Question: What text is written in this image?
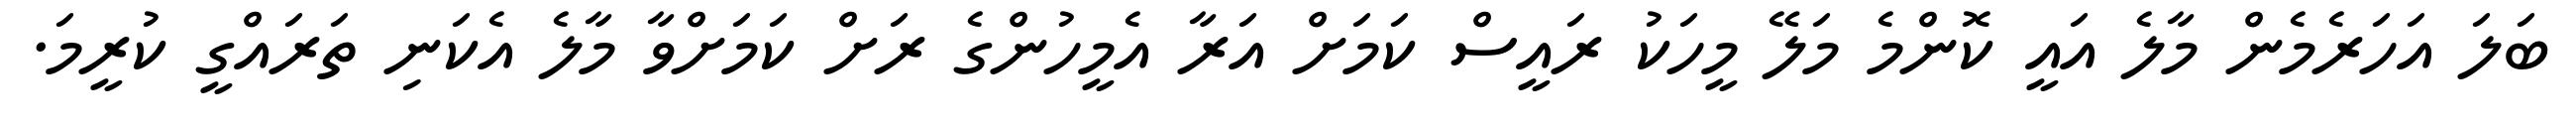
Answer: ބަލަ އަހަރެމެން މާލެ އައީ ކޮންމެ މަލޭ މީހަކު ރައީސް ކަމަށް އަރާ އެމީހުންގެ ރަށް ކަމަށްވާ މާލެ އެކަނި ތަރައްގީ ކުރީމަ.